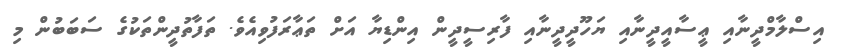
އިސްލާމްދީނާއި ޢީސާއީދީނާއި ޔަހޫދީދީނާއި ފާރިސީދީން އިންޑިޔާ އަށް ތަޢާރަފުވިއެވެ. ތަފާތުދީންތަކުގެ ސަބަބުން މި